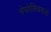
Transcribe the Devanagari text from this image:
नेपोलियनाचे